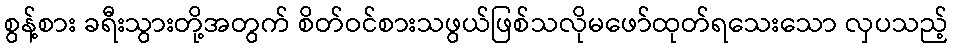
စွန့်စား ခရီးသွားတို့အတွက် စိတ်ဝင်စားသဖွယ်ဖြစ်သလိုမဖော်ထုတ်ရသေးသော လှပသည့်